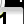
Digit: 1